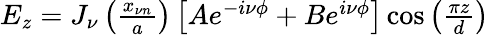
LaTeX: \begin{array}{r}{E_{z}=J_{\nu}\left(\frac{x_{\nu n}}{a}\right)\left[Ae^{-i\nu\phi}+Be^{i\nu\phi}\right]\cos\left(\frac{\pi z}{d}\right)}\end{array}